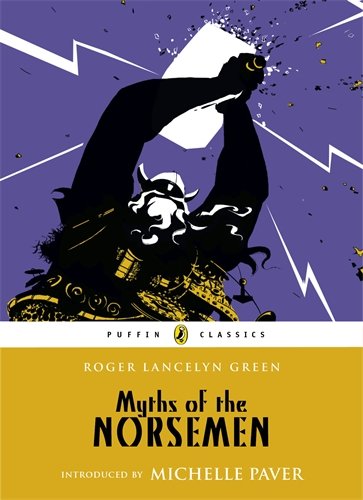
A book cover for Myths of the Norsemen (Puffin Classics); Roger Lancelyn Green; Children's Books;